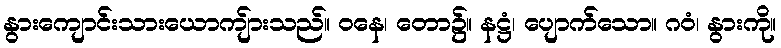
နွားကျောင်းသားယောကျ်ားသည်။ ဝနေ၊ တော၌။ နဋ္ဌံ၊ ပျောက်သော။ ဂဝံ၊ နွားကို။